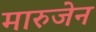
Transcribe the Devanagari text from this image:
मारुजेन